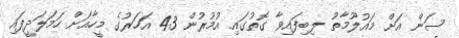
ސަން އަށް މައުލޫމާތު ލިބިފައިވާ ގޮތުގައި އުމުރުން 43 އަހަރުގެ މީހާއަށް ހަމަލަދީފައި